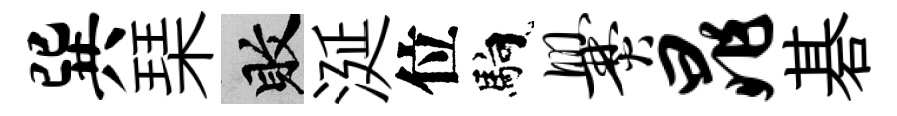
巽琹敗涎位馿爨晁碁